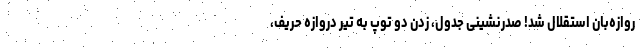
روازه‌بان استقلال شد! صدرنشینی جدول، زدن دو توپ به تیر دروازه حریف،